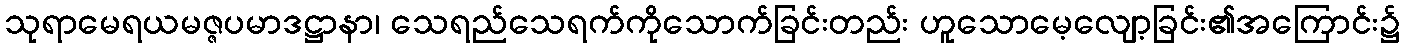
သုရာမေရယမဇ္ဇပမာဒဋ္ဌာနာ၊ သေရည်သေရက်ကိုသောက်ခြင်းတည်း ဟူသောမေ့လျော့ခြင်း၏အကြောင်း၌